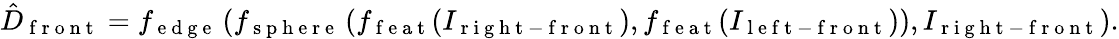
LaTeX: \hat{D}_{\mathrm{~f~r~o~n~t~}}=f_{\mathrm{~e~d~g~e~}}\left(f_{\mathrm{~s~p~h~e~r~e~}}\left(f_{\mathrm{~f~e~a~t~}}(I_{\mathrm{~r~i~g~h~t~-~f~r~o~n~t~}}),f_{\mathrm{~f~e~a~t~}}(I_{\mathrm{~l~e~f~t~-~f~r~o~n~t~}})\right),I_{\mathrm{~r~i~g~h~t~-~f~r~o~n~t~}}\right).